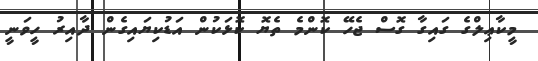
މީކާޢިލްގެ ގައިގާ ގޮސް ޖެހޭ ކޮންމެ ތެޔޮ ކޮޅަކުން އަޑުކިޔައިގެން ދާއިރު ހީވަނީ